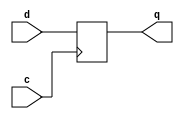
module df32(q,d,c);
output [31:0]q;
 input [31:0]d;
 input c;
 reg [31:0]q;
       initial 
	   begin
		   q<=32'd0;
       end

	   always @ (posedge c)
	   begin 
		 q<=d;
	   end
endmodule